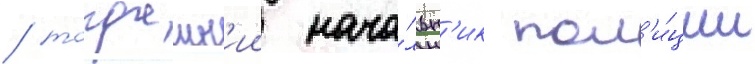
/ тогдашн'ии нача́льн'ик пол'и́ции